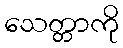
သေတ္တာကို